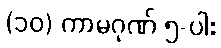
(၁၀) ကာမဂုဏ် ၅-ပါး